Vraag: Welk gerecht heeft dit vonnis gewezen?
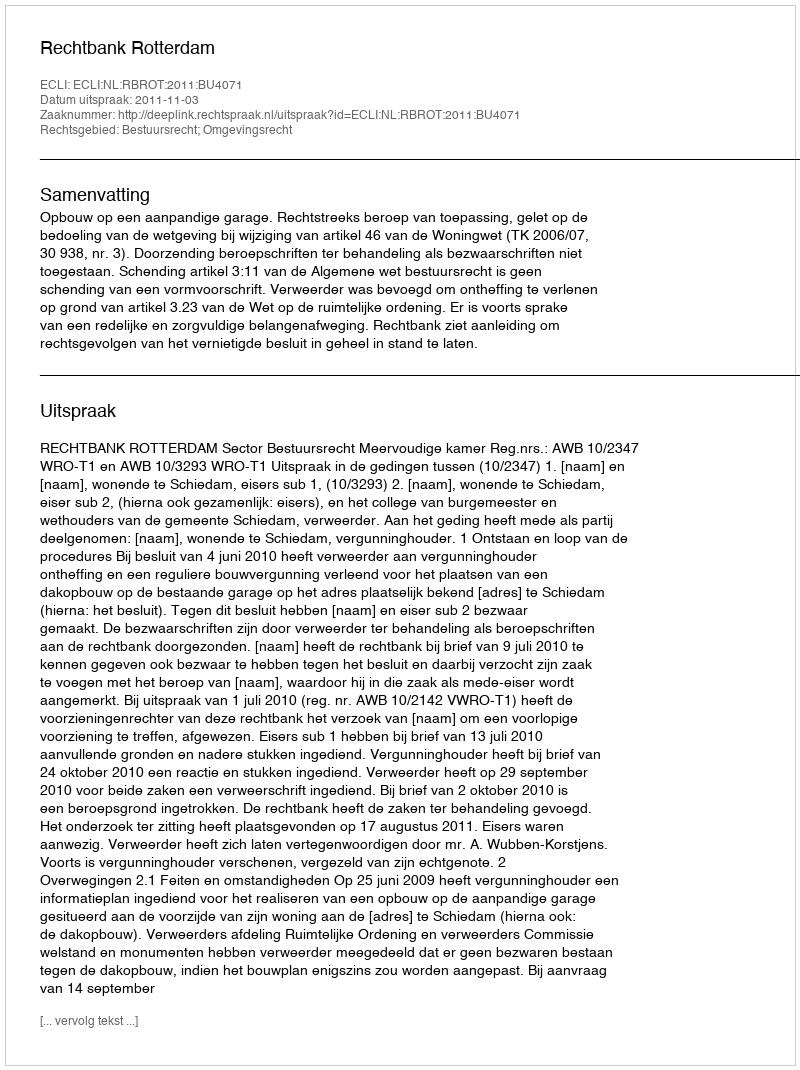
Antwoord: Rechtbank Rotterdam